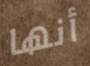
أنها